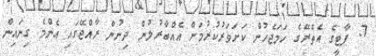
7. ޕާޓީގެ އެތެރޭގެ ހަމަޖެހުން ކަށަވަރުކުރުމަށް އެއްބާރުލުން ދިނުން ރާއްޖޭގައި އެންމެ ގިނައިން